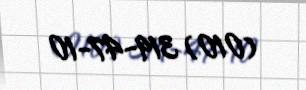
(010) 319-47-10